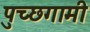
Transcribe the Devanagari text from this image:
पुच्छगामी